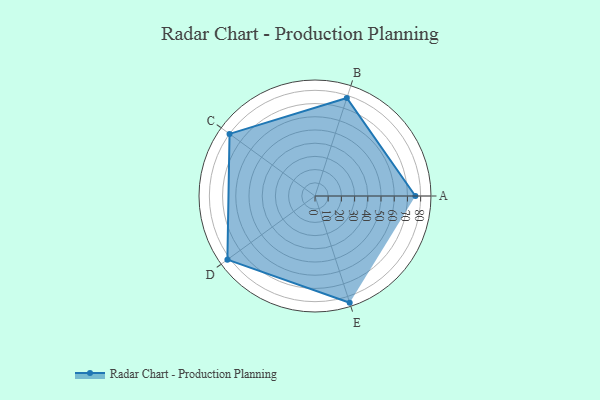
{"axis": {"x": "Skill", "y": "Score"}, "legend": ["Profile"], "data": [{"x": "A", "y": 76.0, "type": "Profile"}, {"x": "B", "y": 78.0, "type": "Profile"}, {"x": "C", "y": 80.0, "type": "Profile"}, {"x": "D", "y": 82.0, "type": "Profile"}, {"x": "E", "y": 85.0, "type": "Profile"}]}